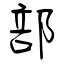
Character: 部